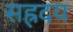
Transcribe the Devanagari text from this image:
सह्रदय